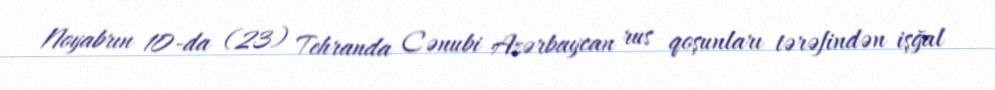
Noyabrın 10-da (23) Tehranda Cənubi Azərbaycan rus qoşunları tərəfindən işğal